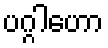
ပဂ္ဂါဟော